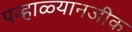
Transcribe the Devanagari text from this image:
पन्हाळ्यानजीक